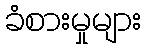
ခံစားမှုများ